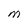
Character: e